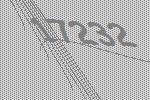
17232